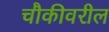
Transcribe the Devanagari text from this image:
चौकीवरील